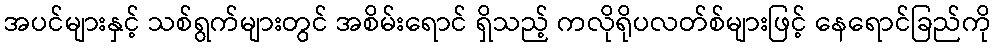
အပင်များနှင့် သစ်ရွက်များတွင် အစိမ်းရောင် ရှိသည့် ကလိုရိုပလတ်စ်များဖြင့် နေရောင်ခြည်ကို